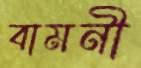
বামনী